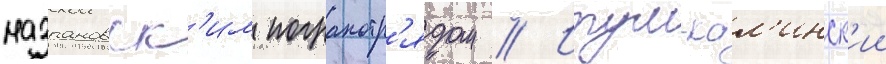
назрановск'им погранотр'ядом // Итум-кал'инск'ии